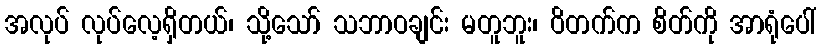
အလုပ် လုပ်လေ့ရှိတယ်၊ သို့သော် သဘာဝချင်း မတူဘူး၊ ဝိတက်က စိတ်ကို အာရုံပေါ်